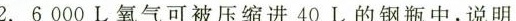
2.6000L氧气可被压缩进40L的钢瓶中，说明：